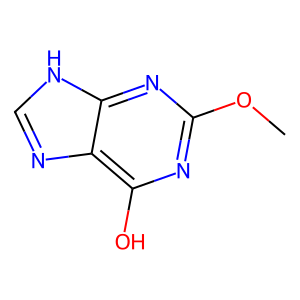
SMILES: COc1nc(O)c2nc[nH]c2n1
Inhibits HIV replication: No